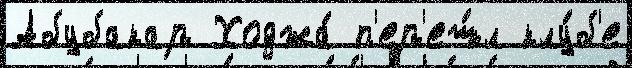
Абубакар Ходжа́ п'ер'еш́л клу́б'е